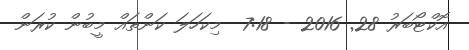
އޮކްޓޯބަރު 28